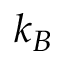
k _ { B }